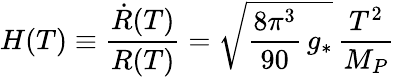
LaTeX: H(T)\equiv\frac{\dot{R}(T)}{R(T)}=\sqrt{\frac{8\pi^{3}}{90}\, g_{*}}\, \frac{T^{2}}{M_{P}}